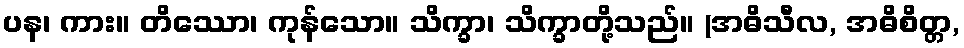
ပန၊ ကား။ တိဿော၊ ကုန်သော။ သိက္ခာ၊ သိက္ခာတို့သည်။ (အဓိသီလ, အဓိစိတ္တ,